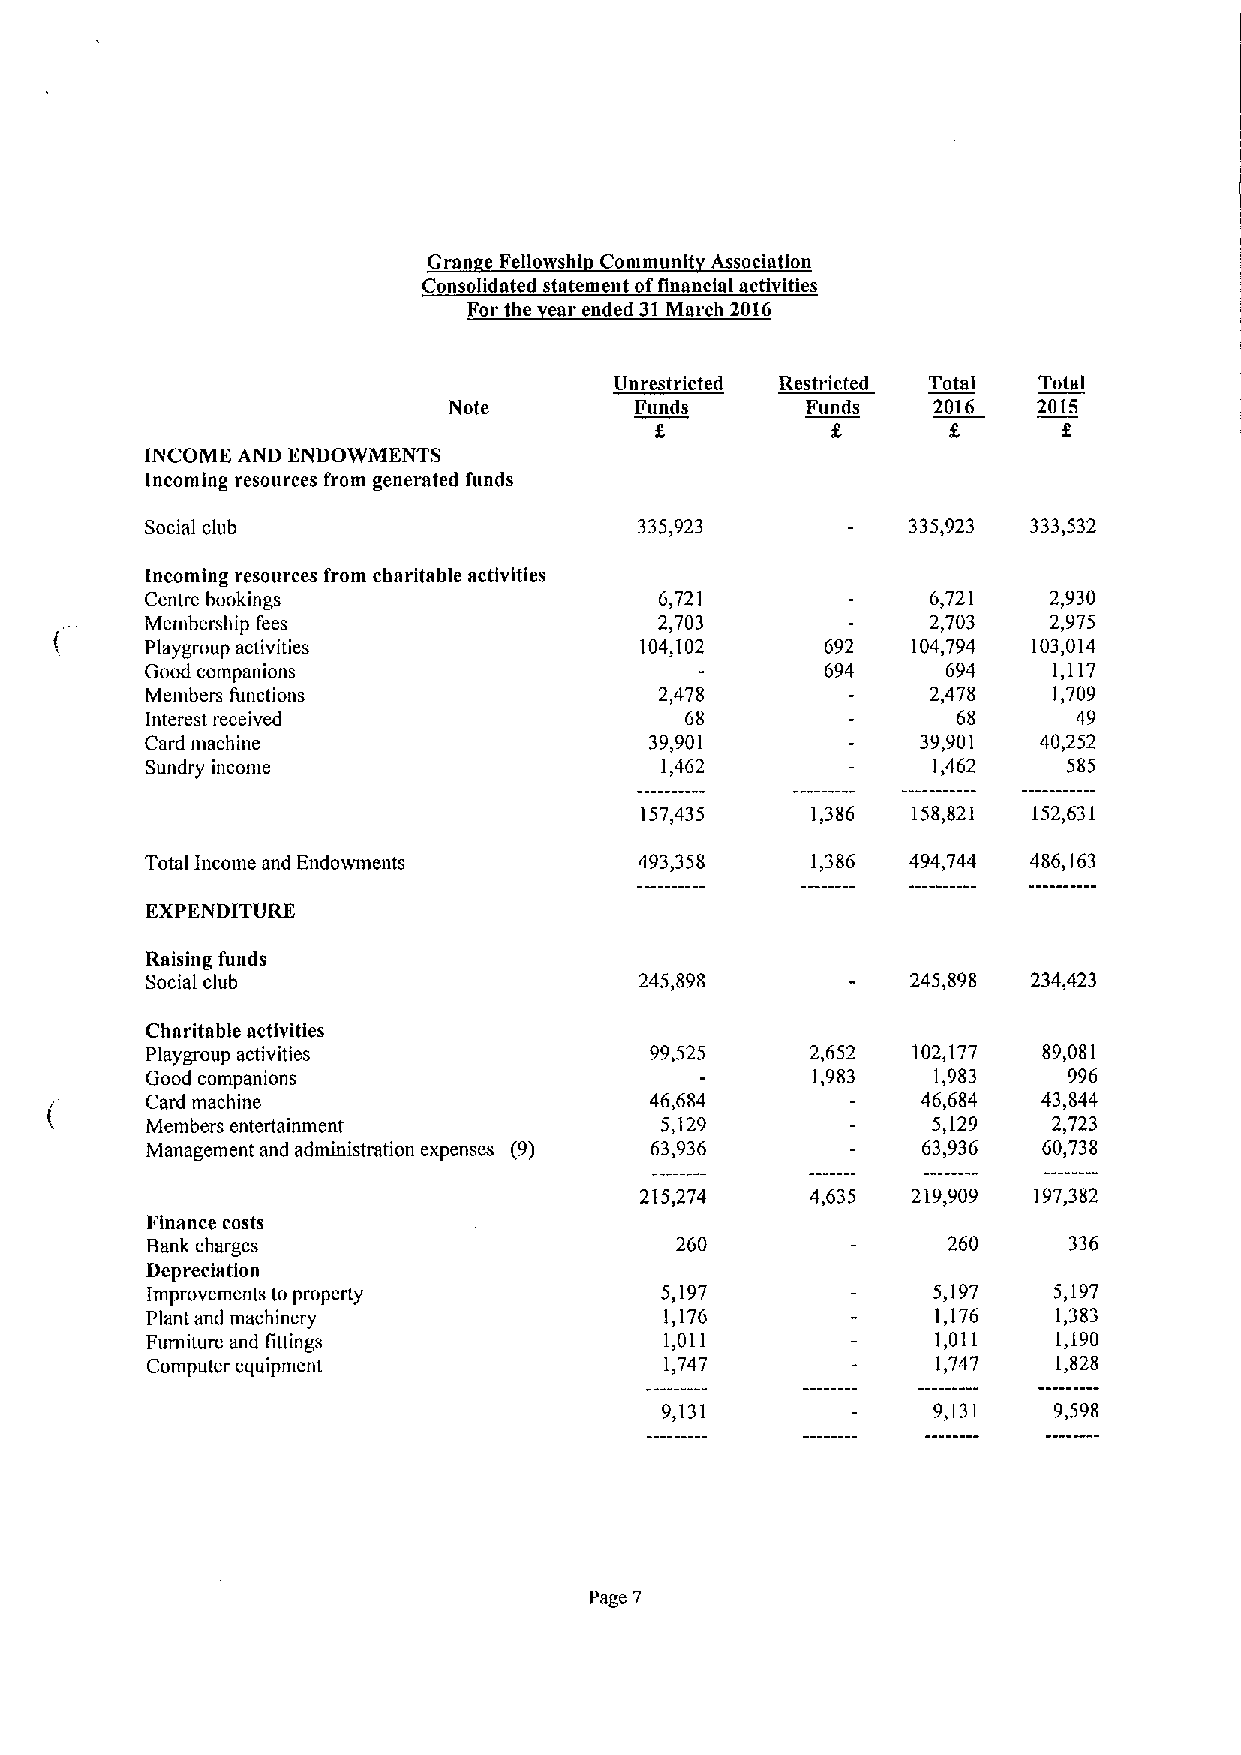
Gran e Fellowshi Communit Association
 Consolidated statement offinancial activities
 For the ear ended 31March 2016
 Unrestricted Restricted Total Total
 Note        Funds      Funds    2016   2015
 f
 INCOME AND ENDOWMENTS
 Incoming resources from generated funds
 Social club                     335,923           335923  333532
 Incoming resources from charitable activities
 Centre bookings                   6,721             6,721  2,930
 Membership fees                   2,703             2,703  2,975
 Playgroup activities            104,102      692  104,794 103,014
 Good companions                              694     694    1,117
 Members functions                 2,478             2,478   1,709
 Interest received                  68                68      49
 Card machine                     39,901            39,901  40,252
 Sundry income                     1,462             1,462    585
 157,435     1,386 158,821 152,631
 Total Income and Endowments     493,358     1,386 494,744 486,163
 EXPENDITURE
 Raising funds
 Social club                     245,898           245,898 234,423
 Charitable activities
 Playgroup activities             99,525     2,652 102,177  89,081
 Good companions                             1,983   1,983    996
 Card machine                     46,684            46,684  43,844
 Members entertainment             5,129             5,129   2,723
 Management and administration expenses (9) 63,936  63,936  60,738
 215,274     4,635 219,909 197,382
 Finance costs
 Bank charges                       260               260     336
 Depreciation
 Improvements to property          5,197             5,197   5,197
 Plant and machinery               1,176             1,176   1,383
 Furniture and fittings            1,011             1,011   1,190
 Computer equipment                1,747             1,747   1,828
 9,131             9,131   9,598
 Page 7